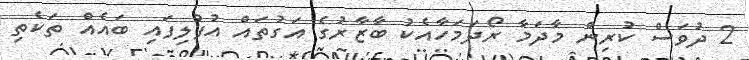
2 ދުވަަސް ކުރިން މާދަމާ ރޯދަމަހާއެކު ބާޒާރުގެ އަގުތައް އުފުލިފައި ބައެއް ތަކެތި